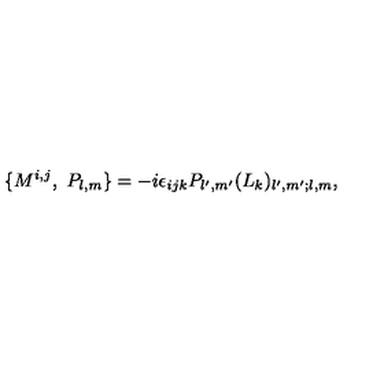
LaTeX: \{ M ^ { i , j } , \ P _ { l , m } \} = - i \epsilon _ { i j k } P _ { l ^ { \prime } , m ^ { \prime } } ( L _ { k } ) _ { l ^ { \prime } , m ^ { \prime } ; l , m } ,